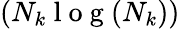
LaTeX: (N_{k}\mathrm{~l~o~g~}(N_{k}))